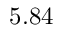
5 . 8 4